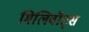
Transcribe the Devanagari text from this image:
मिलिवॉट्स